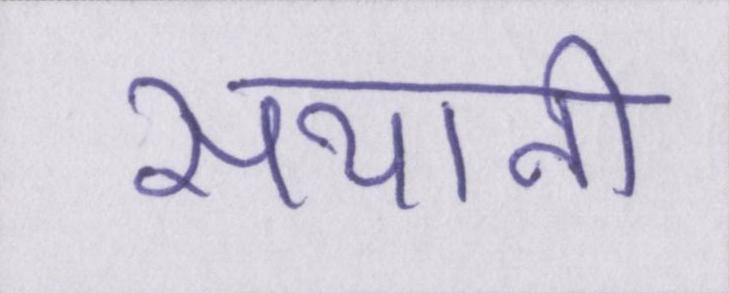
सयानी